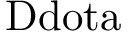
\mathrm { \ D d o t { a } }